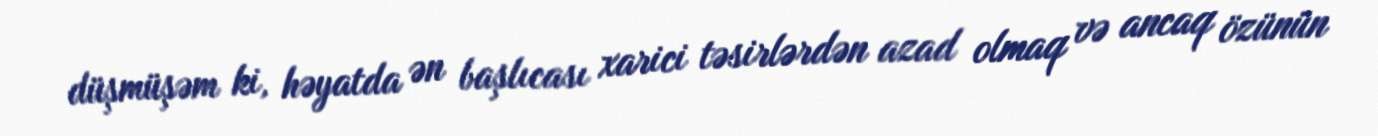
düşmüşəm ki, həyatda ən başlıcası xarici təsirlərdən azad olmaq və ancaq özünün